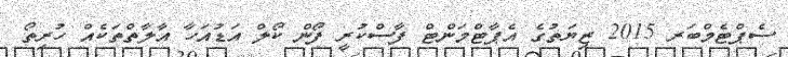
ސެޕްޓެމްބަރ 2015 ޒިޔަތުގެ އެޕާޓްމަންޓް ފާސްކުރީ ފޯން ކޯލް އަޑުއަހާ އާލާތްތަކެއް ހުރިތޯ